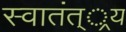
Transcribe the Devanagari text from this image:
स्वातंत््रय